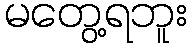
မတွေ့ရဘူး